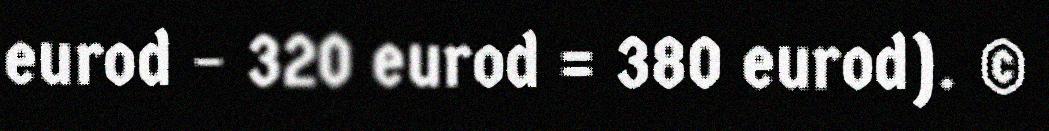
eurod – 320 eurod = 380 eurod). ©